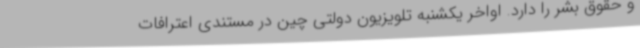
و حقوق بشر را دارد. اواخر یکشنبه تلویزیون دولتی چین در مستندی اعترافات